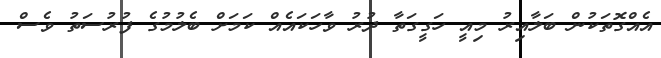
އެއްގޮތަކުން ބަލާއިރު މިއީ ހަގީގަތާ ދުރު ވާހަކައެއް ކަމަށް ބެލުމުގެ ފުރުސަތު ވެސް